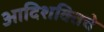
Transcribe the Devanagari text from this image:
आदिशक्तिचे